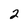
Character: 2